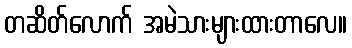
တဆိတ်လောက် အမဲသားများထားတာလေ။